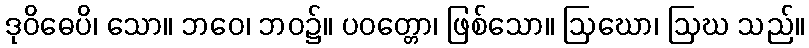
ဒုဝိဓေပိ၊ သော။ ဘဝေ၊ ဘဝ၌။ ပဝတ္တော၊ ဖြစ်သော။ ဩဃော၊ ဩဃ သည်။